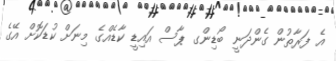
އެ ފަރާތުން ގެންދަނީ ބޯޑިންގ ޕާސް އައިޑީ ކާޑެއްގެ މިނަށް ކުޑަކޮށް އޭގެ